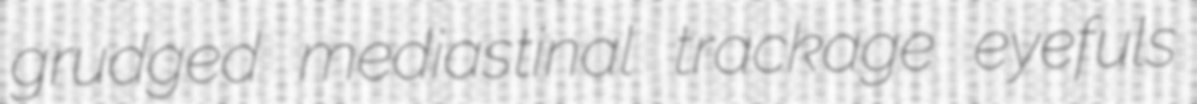
grudged mediastinal trackage eyefuls